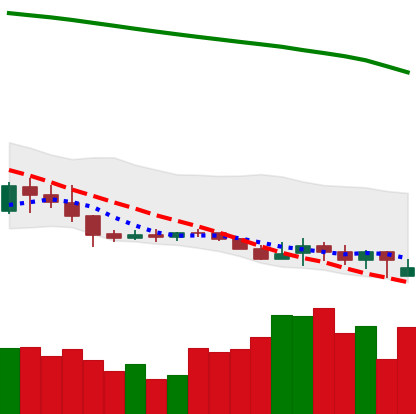
Ticker: XLM-USD
Chart end date: 2019-09-13
Forward return: 45.975%
Label: up_7plus